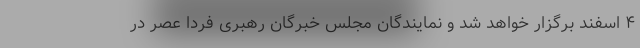
۴ اسفند برگزار خواهد شد و نمایندگان مجلس خبرگان رهبری فردا عصر در